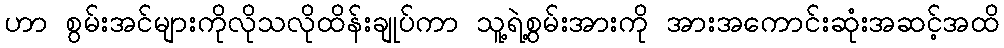
ဟာ စွမ်းအင်များကိုလိုသလိုထိန်းချုပ်ကာ သူ့ရဲ့စွမ်းအားကို အားအကောင်းဆုံးအဆင့်အထိ